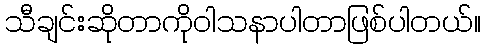
သီချင်းဆိုတာကိုဝါသနာပါတာဖြစ်ပါတယ်။